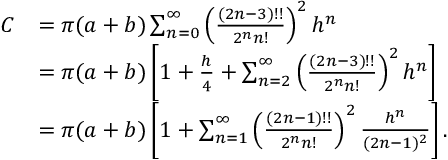
{ \begin{array} { r l } { C } & { = \pi ( a + b ) \sum _ { n = 0 } ^ { \infty } \left( { \frac { ( 2 n - 3 ) ! ! } { 2 ^ { n } n ! } } \right) ^ { 2 } h ^ { n } } \\ & { = \pi ( a + b ) \left[ 1 + { \frac { h } { 4 } } + \sum _ { n = 2 } ^ { \infty } \left( { \frac { ( 2 n - 3 ) ! ! } { 2 ^ { n } n ! } } \right) ^ { 2 } h ^ { n } \right] } \\ & { = \pi ( a + b ) \left[ 1 + \sum _ { n = 1 } ^ { \infty } \left( { \frac { ( 2 n - 1 ) ! ! } { 2 ^ { n } n ! } } \right) ^ { 2 } { \frac { h ^ { n } } { ( 2 n - 1 ) ^ { 2 } } } \right] . } \end{array} }